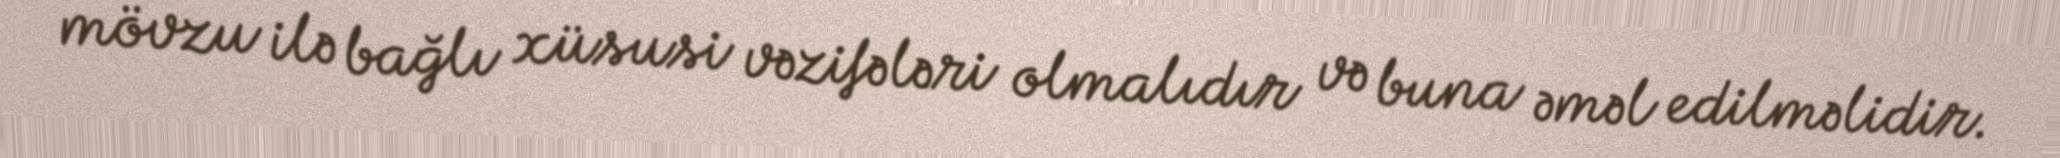
mövzu ilə bağlı xüsusi vəzifələri olmalıdır və buna əməl edilməlidir.